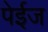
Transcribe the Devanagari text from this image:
पेईज